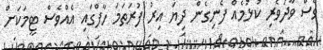
ވެސް ވާދަވެރި ކުޅުމެއް ފެނިގެން ދިޔަ އިރު ފުރަތަމަ ހާފްގައި އެއްވެސް ޓީމަކަށް